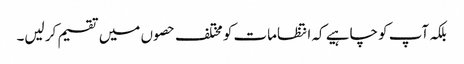
بلکہ آپ کو چاہیے کہ انتظامات کو مختلف حصو ں میں تقسیم کر لیں۔